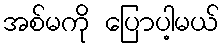
အစ်မကို ပြောပါ့မယ်